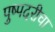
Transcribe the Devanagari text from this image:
पुष्पदरीचा